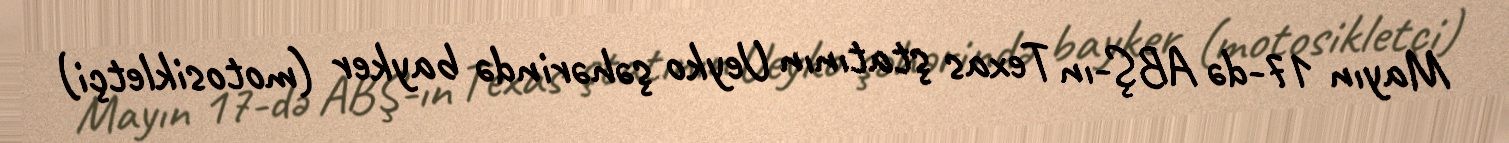
Mayın 17-də ABŞ-ın Texas ştatının Ueyko şəhərində bayker (motosikletçi)